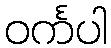
ဝင်္ကပါ